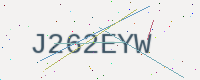
Text: J262EYW